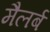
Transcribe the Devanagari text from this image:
मैलर्ब